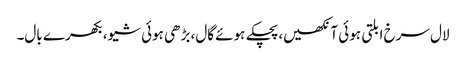
لال سرخ ابلتی ہوئی آنکھیں،پچکے ہوئے گال، بڑھی ہوئی شیو، بکھرے بال۔